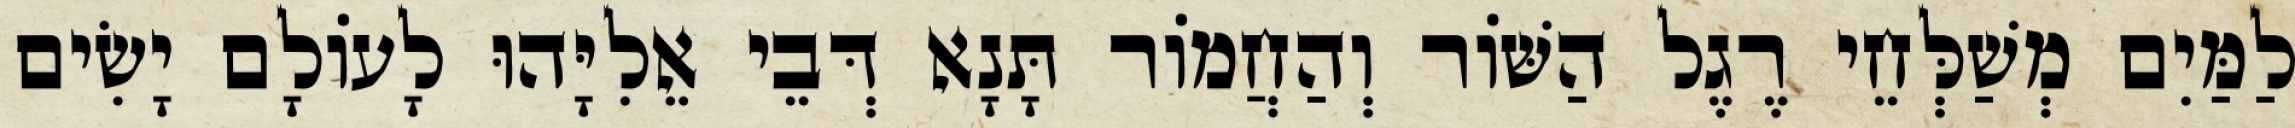
לַמַּיִם מְשַׁלְּחֵי רֶגֶל הַשּׁוֹר וְהַחֲמוֹר תָּנָא דְּבֵי אֵלִיָּהוּ לָעוֹלָם יָשִׂים